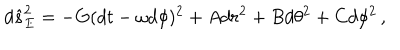
d \hat { s } _ { E } ^ { 2 } = - G ( d t - \omega d \phi ) ^ { 2 } + A d r ^ { 2 } + B d \theta ^ { 2 } + C d \phi ^ { 2 } \, ,